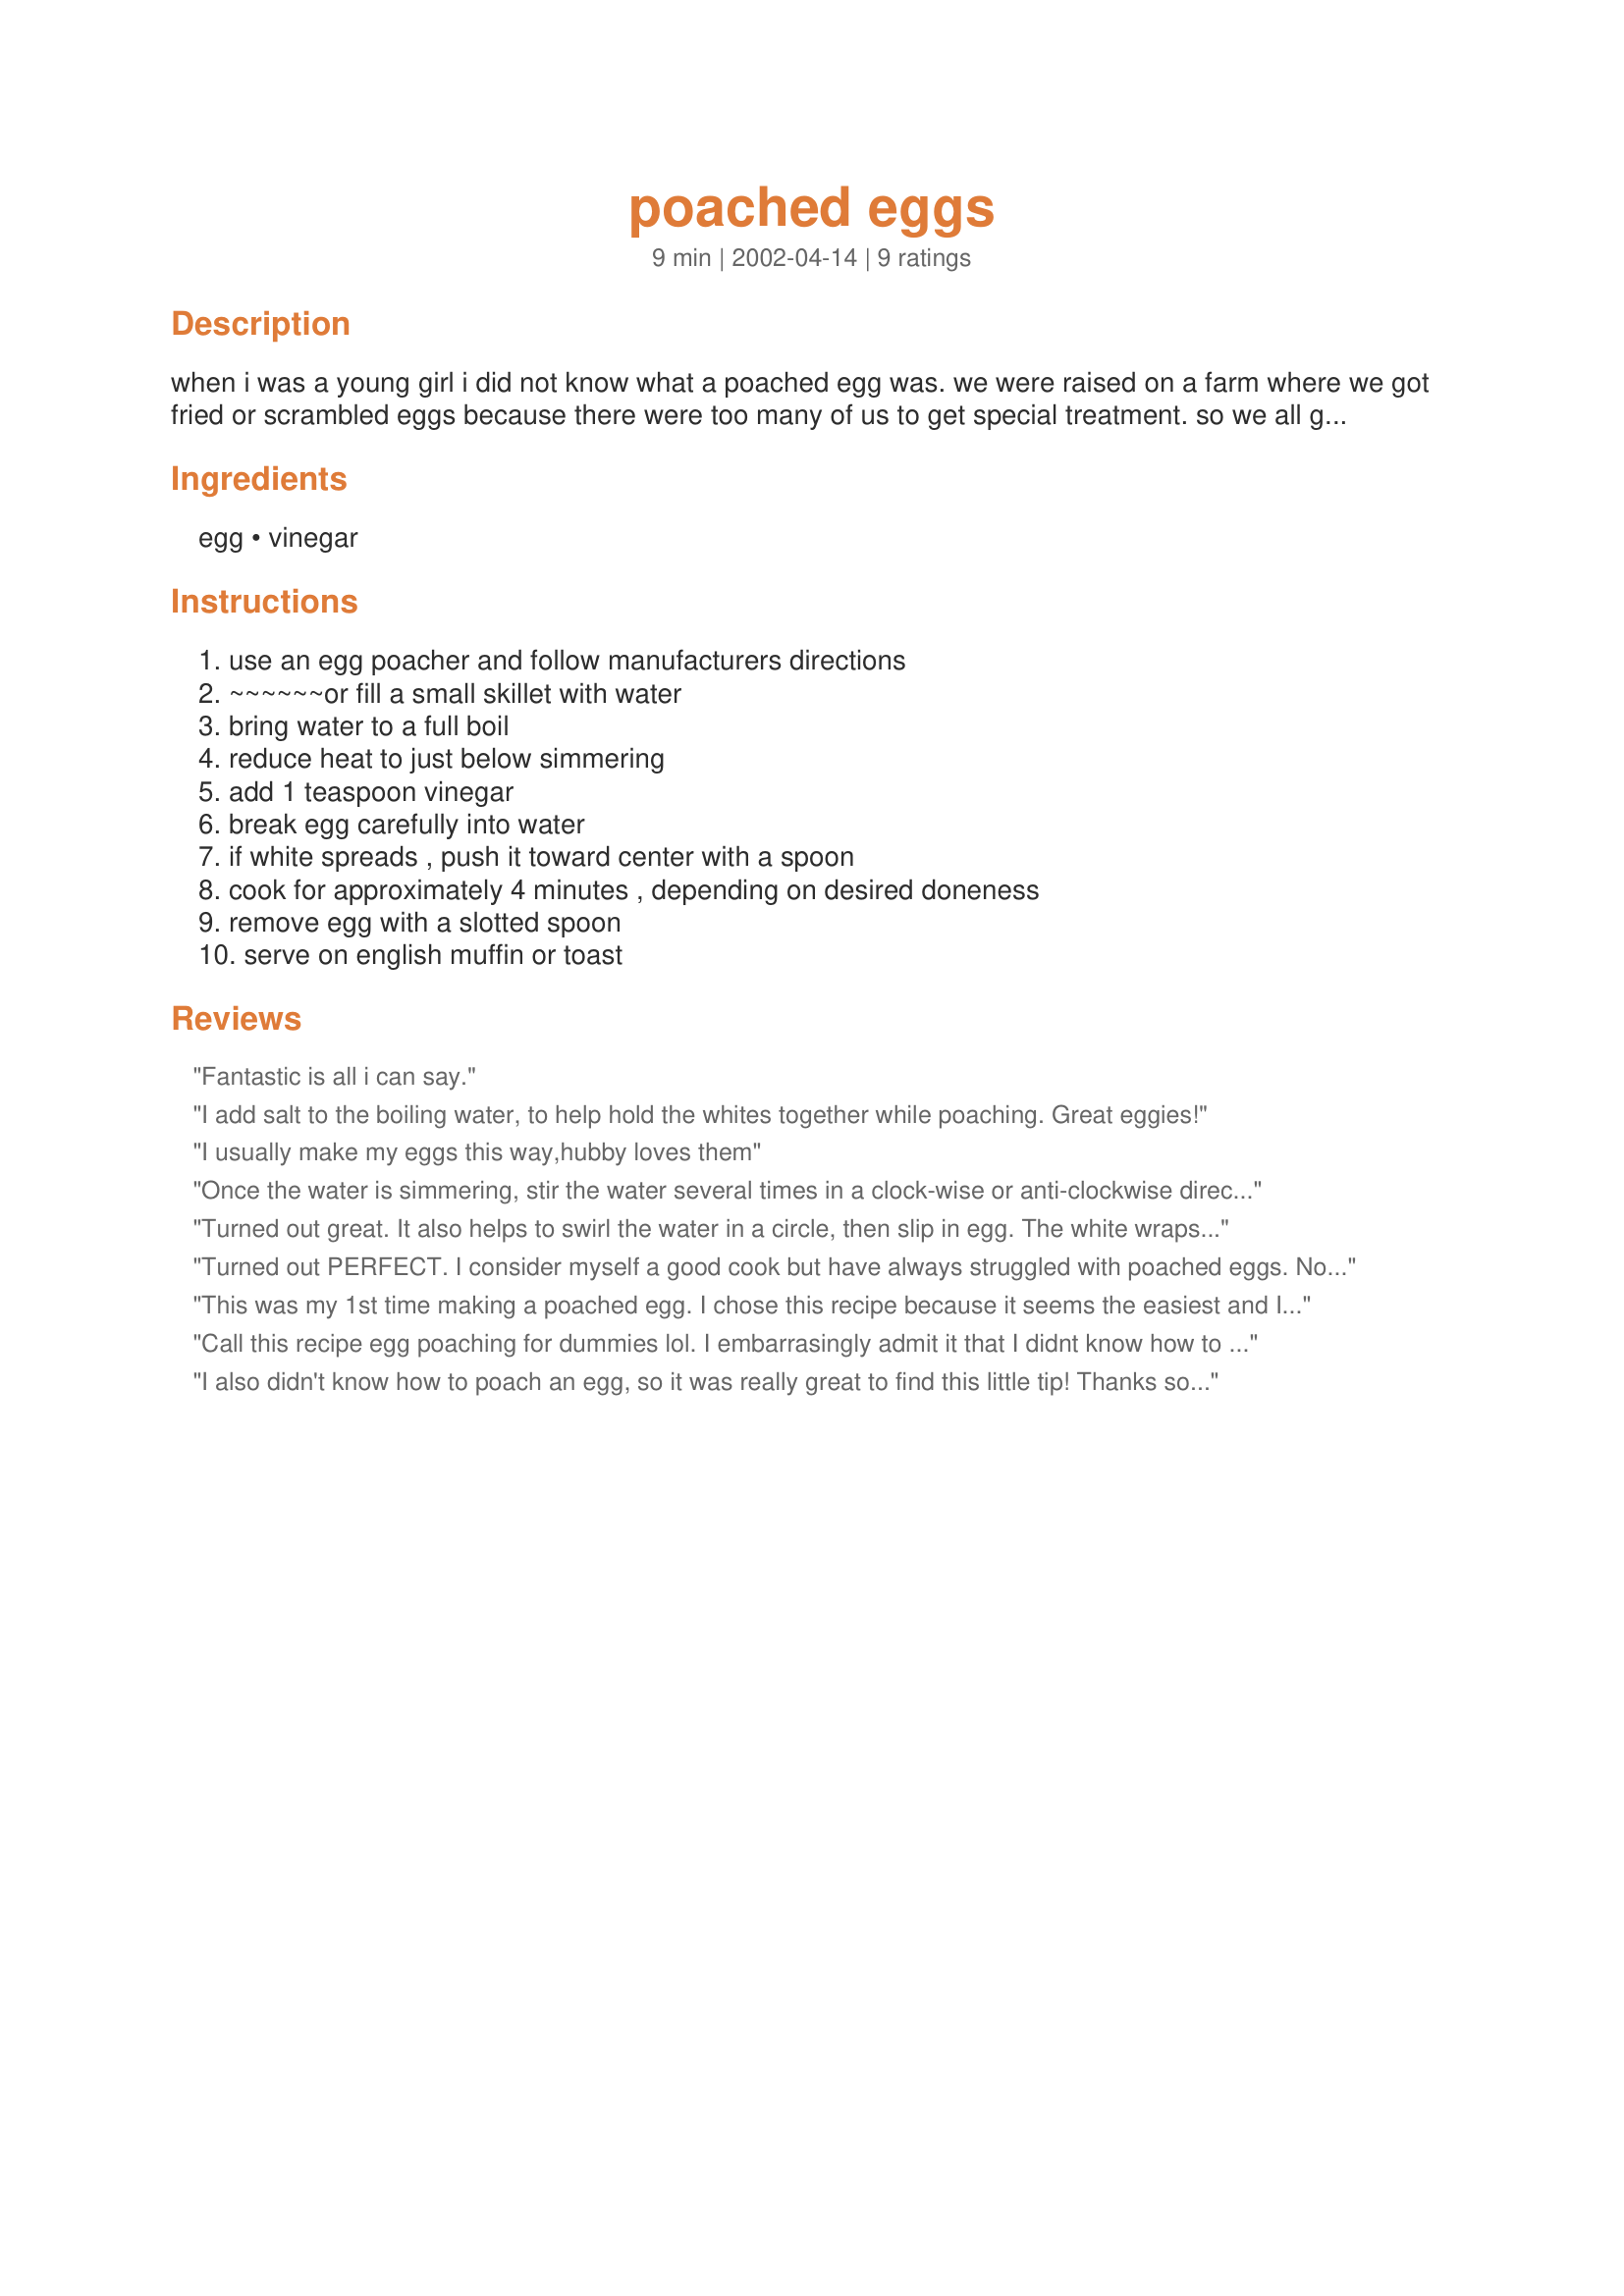
poached eggs
Preparation time: 9 minutes

when i was a young girl i did not know what a poached egg was. we were raised on a farm where we got fried or scrambled eggs because there were too many of us to get special treatment. so we all got the same thing. i figure there are some out there who do not know how to poach an egg.

Ingredients:
egg, vinegar

Steps:
use an egg poacher and follow manufacturers directions, ~~~~~~or fill a small skillet with water, bring water to a full boil, reduce heat to just below simmering, add 1 teaspoon vinegar, break egg carefully into water, if white spreads , push it toward center with a spoon, cook for approximately 4 minutes , depending on desired doneness, remove egg with a slotted spoon, serve on english muffin or toast

Reviews:
Fantastic is all i can say.
I add salt to the boiling water, to help hold the whites together while poaching. Great eggies!
I usually make my eggs this way,hubby loves them
Once the water is simmering, stir the water several times in a clock-wise or anti-clockwise direction, (one or the other) to create a 'whirlpool'. Drop the eggs one by one into this whirlpool and they will stay rounded in shape.
Turned out great. It also helps to swirl the water in a circle, then slip in egg. The white wraps around and into itself, keeping it together more.
Turned out PERFECT. I consider myself a good cook but have always struggled with poached eggs. Not anymore! Thanks a bunch!!!
This was my 1st time making a poached egg. I chose this recipe because it seems the easiest and I didn't want to use a microwave. I simmered the egg for 3 minutes and got one just right---firm whites and a runny yolk. Thanks for posting.
:)
Call this recipe egg poaching for dummies lol. I embarrasingly admit it that I didnt know how to poach an egg. This recipe was perfect. I just added a bit of salt in the water and drop my eggs in one at a time giving them space and a little time in between before dropping them in. Thanks for the recipe.
I also didn't know how to poach an egg, so it was really great to find this little tip! Thanks so much!
